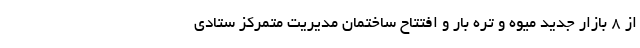
از ۸ بازار جدید میوه و تره بار و افتتاح ساختمان مدیریت متمرکز ستادی